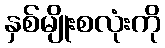
နှစ်မျိုးစလုံးကို